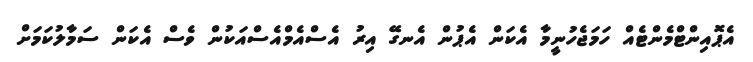
އެޕޮއިންޓްމެންޓެއް ހަމަޖެހުނީމާ އެކަން އެޕުން އެނގޭ އިރު އެސްއެމްއެސްއަކުން ވެސް އެކަން ސަމާލުކަމަށް